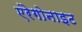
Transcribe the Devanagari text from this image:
एंरेगोनाइट